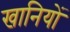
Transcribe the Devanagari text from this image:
खानियों